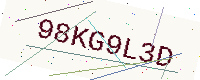
Text: 98KG9L3D